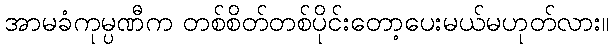
အာမခံကုမ္ပဏီက တစ်စိတ်တစ်ပိုင်းတော့ပေးမယ်မဟုတ်လား။